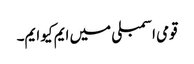
قومی اسمبلی میں ایم کیو ایم۔